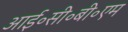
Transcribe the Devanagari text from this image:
आई॰सी॰बी॰एम